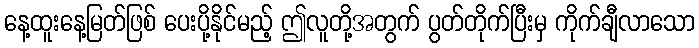
နေ့ထူးနေ့မြတ်ဖြစ် ပေးပို့နိုင်မည့် ဤလူတို့အတွက် ပွတ်တိုက်ပြီးမှ ကိုက်ချီလာသော